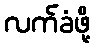
လက်ခံဖို့